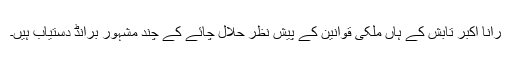
رانا اکبر تابش کے ہاں ملکی قوانین کے پیشِ نظر حلال چائے کے چند مشہُور برانڈ دستیاب ہیں۔